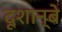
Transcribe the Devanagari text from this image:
दूशान्बे